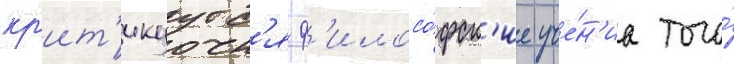
кр'ит'икуутс'я ф'илосо́фск'ие уче́н'иа того́